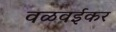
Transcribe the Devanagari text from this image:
वळवईकर